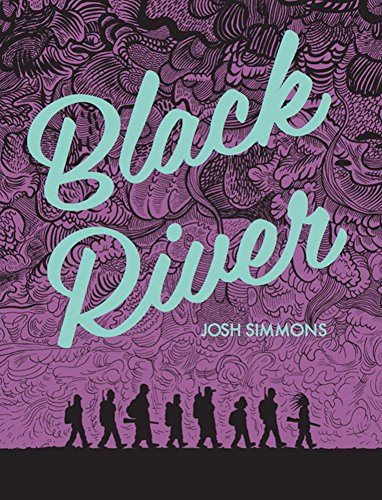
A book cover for Black River; Josh Simmons; Comics & Graphic Novels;